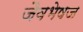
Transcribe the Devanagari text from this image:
जैवभेषज